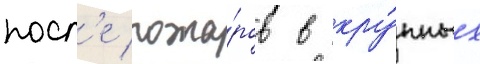
посл'е пожа́ров в кру́пных